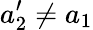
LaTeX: a_{2}^{\prime}\neq a_{1}